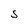
Character: S